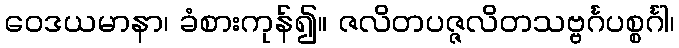
ဝေဒယမာနာ၊ ခံစားကုန်၍။ ဇလိတပဇ္ဇလိတသဗ္ဗင်္ဂပစ္စင်္ဂါ၊